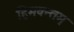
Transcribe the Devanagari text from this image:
हिमवन्तम्